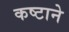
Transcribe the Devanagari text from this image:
कष्‍टाने